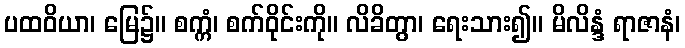
ပထဝိယာ၊ မြေ၌။ စက္ကံ၊ စက်ဝိုင်းကို။ လိခိတွာ၊ ရေးသား၍။ မိလိန္ဒံ ရာဇာနံ၊